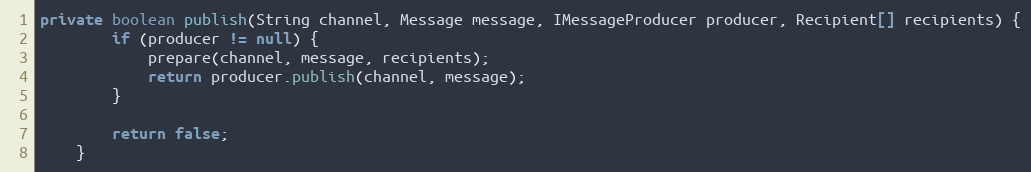
Language: Java
private boolean publish(String channel, Message message, IMessageProducer producer, Recipient[] recipients) {
        if (producer != null) {
            prepare(channel, message, recipients);
            return producer.publish(channel, message);
        }

        return false;
    }